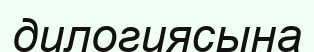
дилогиясына